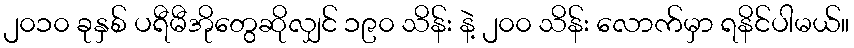
၂၀၁၀ ခုနှစ် ပရီမီအိုတွေဆိုလျှင် ၁၉၀ သိန်း နဲ့ ၂၀၀ သိန်း လောက်မှာ ရနိင်ပါမယ်။